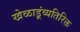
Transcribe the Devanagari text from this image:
खेळाडूंव्यतिरिक्त